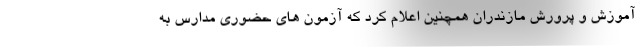
آموزش و پرورش مازندران همچنین اعلام کرد که آزمون های حضوری مدارس به